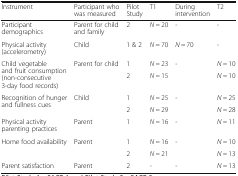
<table><thead><tr><td><b>Instrument</b></td><td><b>Participant who was measured</b></td><td><b>Pilot Study</b></td><td><b>T1</b></td><td><b>During intervention</b></td><td><b>T2</b></td></tr></thead><tbody><tr><td>Participant demographics</td><td>Parent for child and family</td><td>2</td><td><i>N =</i> 20</td><td>-</td><td>-</td></tr><tr><td>Physical activity (accelerometry)</td><td>Child</td><td>1 &amp; 2</td><td><i>N</i> = 70</td><td><i>N</i> = 70</td><td>-</td></tr><tr><td rowspan="2">Child vegetable and fruit consumption (non-consecutive 3-day food records)</td><td rowspan="2">Parent for child</td><td>1</td><td><i>N =</i> 23</td><td>-</td><td><i>N =</i> 10</td></tr><tr><td>2</td><td><i>N =</i> 15</td><td></td><td><i>N =</i> 10</td></tr><tr><td rowspan="2">Recognition of hunger and fullness cues</td><td rowspan="2">Child</td><td>1</td><td><i>N =</i> 25</td><td>-</td><td><i>N =</i> 25</td></tr><tr><td>2</td><td><i>N =</i> 29</td><td></td><td><i>N =</i> 28</td></tr><tr><td>Physical activity parenting practices</td><td>Parent</td><td>1</td><td><i>N =</i> 16</td><td>-</td><td><i>N =</i> 11</td></tr><tr><td rowspan="2">Home food availability</td><td rowspan="2">Parent</td><td>1</td><td><i>N =</i> 16</td><td>-</td><td><i>N =</i> 10</td></tr><tr><td>2</td><td><i>N =</i> 21</td><td></td><td><i>N =</i> 13</td></tr><tr><td>Parent satisfaction</td><td>Parent</td><td>2</td><td>-</td><td>-</td><td><i>N =</i> 13</td></tr></tbody></table>